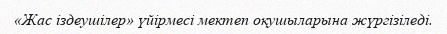
«Жас іздеушілер» үйірмесі мектеп оқушыларына жүргізіледі.